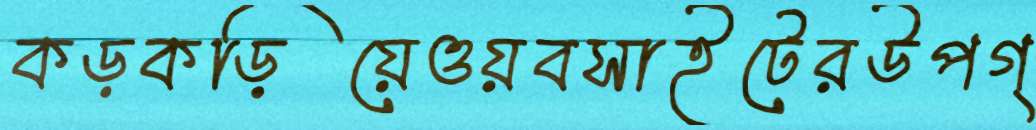
কড়কড়িয়েওয়বসাইটেরউপগ্